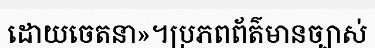
ដោយចេតនា»។ប្រភពព័ត៌មានច្បាស់